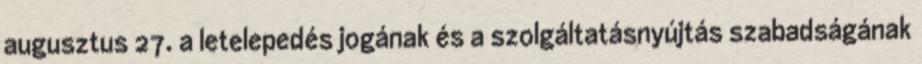
augusztus 27. a letelepedés jogának és a szolgáltatásnyújtás szabadságának